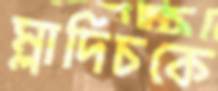
ম্লাদিচকে